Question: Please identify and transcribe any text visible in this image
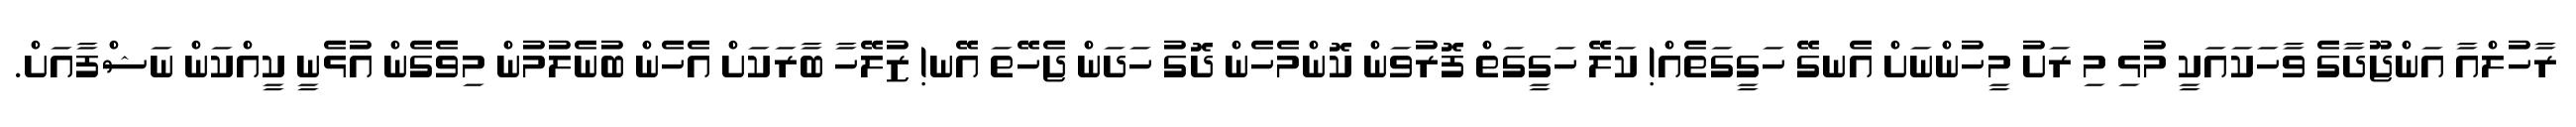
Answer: ރާހުލްއާ އަންޖޫދާގެ ވާހަކައަކީ މުޅި މި ރަށު މީހުންނަށް އެނގޭ ހަގީގަތެއް! ކަލޭ ހަގީގަތް ފޮރުވަން ކޮންމެހެން ދޮގު ހަދަން ޖެހޭތަ އޭނ! ޒުލޭހާ ބާރަކަށް އެހެން ބުނެލުމުން މިވެގެން އުޅެނީ ކީއްކަން ނަޝްފާއަށް.